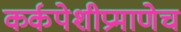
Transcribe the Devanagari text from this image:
कर्कपेशीप्रमाणेच